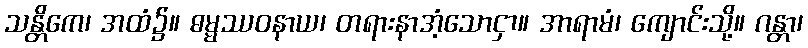
သန္တိကေ၊ အထံ၌။ ဓမ္မဿဝနာယ၊ တရားနာအံ့သောငှာ။ အာရာမံ၊ ကျောင်းသို့။ ဂန္တာ၊